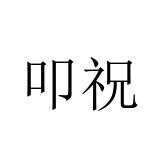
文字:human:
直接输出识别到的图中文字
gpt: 叩祝